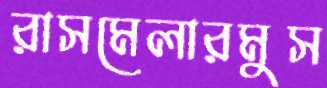
রাসমেলারমুস